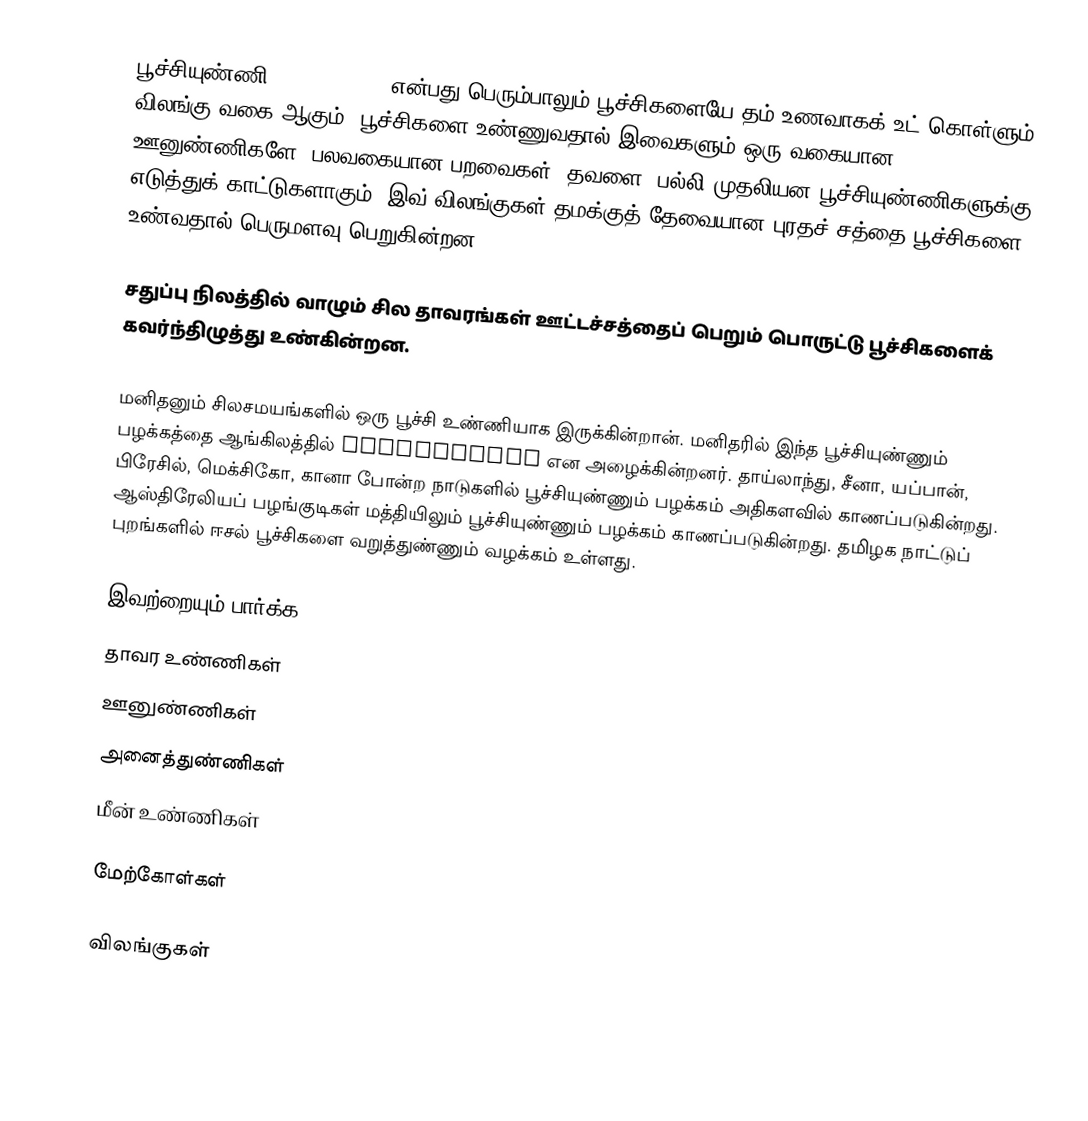
பூச்சியுண்ணி (Insectivore) என்பது பெரும்பாலும் பூச்சிகளையே தம் உணவாகக் உட் கொள்ளும் விலங்கு வகை ஆகும். பூச்சிகளை உண்ணுவதால் இவைகளும் ஒரு வகையான ஊனுண்ணிகளே. பலவகையான பறவைகள், தவளை, பல்லி முதலியன பூச்சியுண்ணிகளுக்கு எடுத்துக் காட்டுகளாகும். இவ் விலங்குகள் தமக்குத் தேவையான புரதச் சத்தை பூச்சிகளை உண்வதால் பெருமளவு பெறுகின்றன.

சதுப்பு நிலத்தில் வாழும் சில தாவரங்கள் ஊட்டச்சத்தைப் பெறும் பொருட்டு பூச்சிகளைக் கவர்ந்திழுத்து உண்கின்றன.

மனிதனும் சிலசமயங்களில் ஒரு பூச்சி உண்ணியாக இருக்கின்றான். மனிதரில் இந்த பூச்சியுண்ணும் பழக்கத்தை ஆங்கிலத்தில் Entomophagy என அழைக்கின்றனர். தாய்லாந்து, சீனா, யப்பான், பிரேசில், மெக்சிகோ, கானா போன்ற நாடுகளில் பூச்சியுண்ணும் பழக்கம் அதிகளவில் காணப்படுகின்றது. ஆஸ்திரேலியப் பழங்குடிகள் மத்தியிலும் பூச்சியுண்ணும் பழக்கம் காணப்படுகின்றது. தமிழக நாட்டுப் புறங்களில் ஈசல் பூச்சிகளை வறுத்துண்ணும் வழக்கம் உள்ளது.

இவற்றையும் பார்க்க
 தாவர உண்ணிகள்
 ஊனுண்ணிகள்
 அனைத்துண்ணிகள்
 மீன் உண்ணிகள்

மேற்கோள்கள்

விலங்குகள்